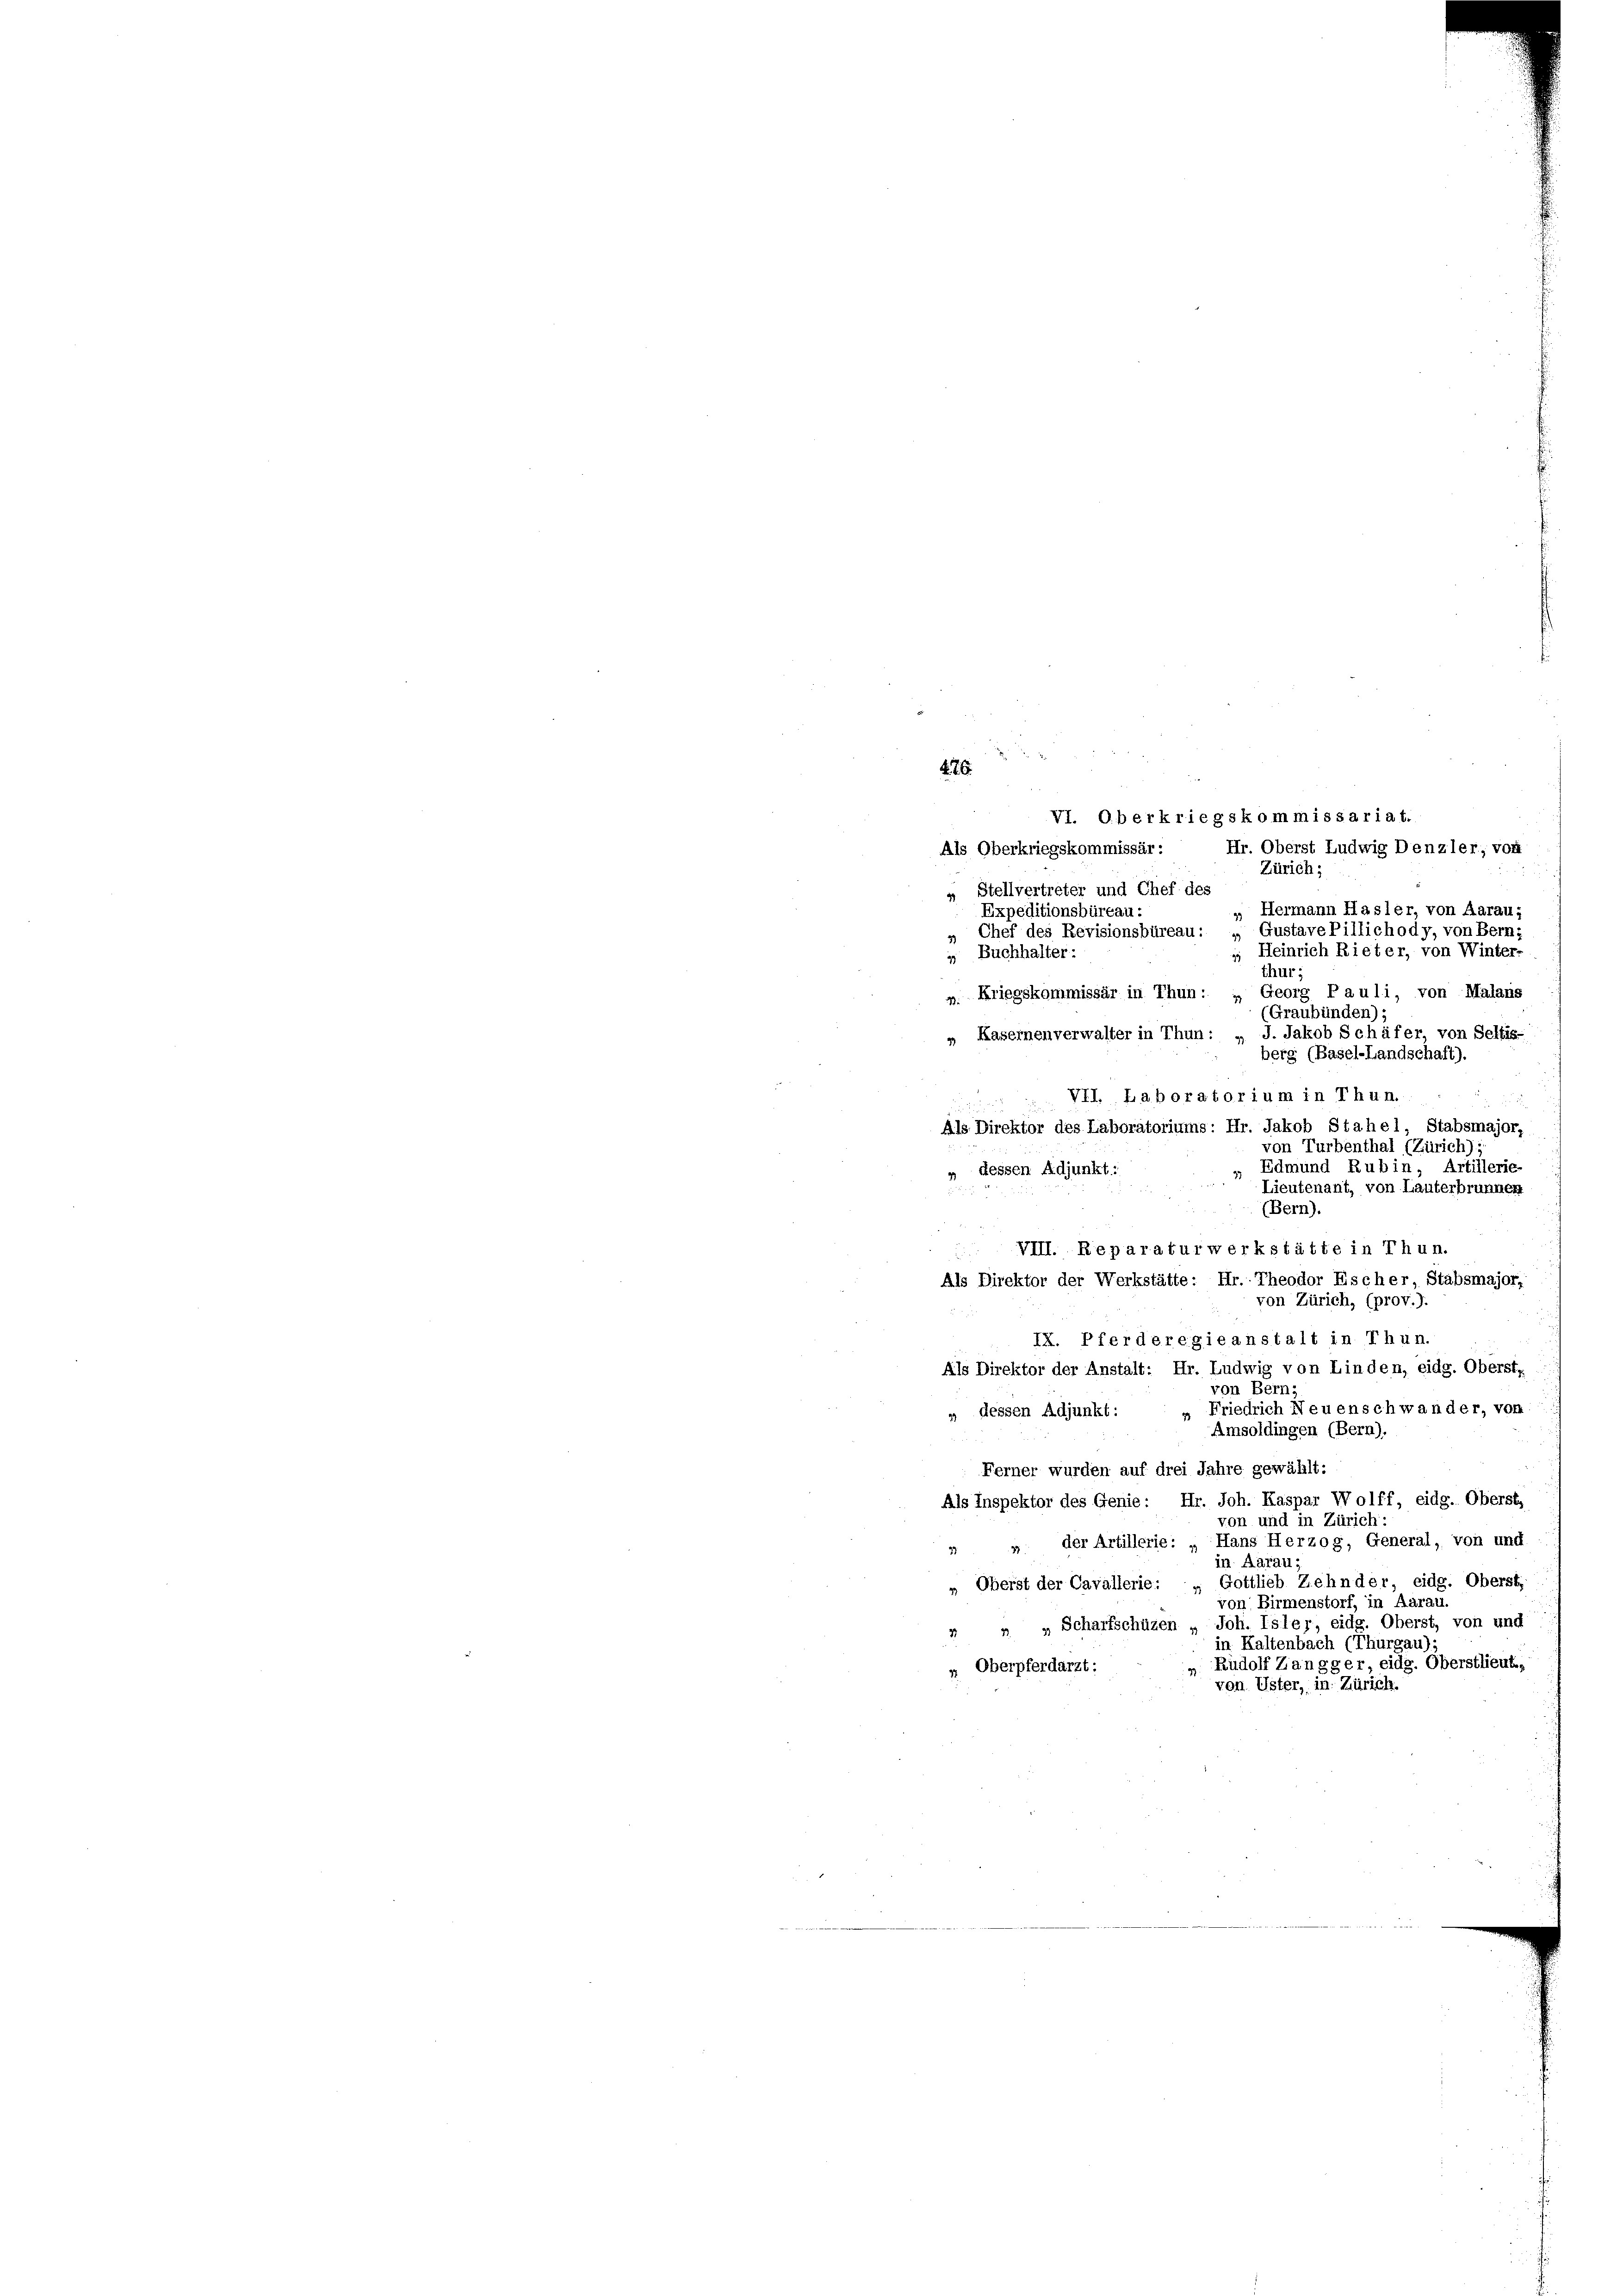
d
486

Als Oberkriegskommissär: Hr. Oberst Ludwig Denzler; von
Zürich;
 Stellvertreter und Chef des
„ Hermann Hasler, von Aarau;
Chef des Revisionsbüreau: „GustavePillichody, von Bern:
thur;
m. Kriegskommissär in Thun: „ Georg Pauli, von Malans
(Graubünden);
„ Kasernenverwalter in Thun: „ J. Jakob Schäfer, von Selbis-
berg (Basel-Landschaft).

von Bern,
Friedrich Neuenschwander, von
" dessen Adjunkt:
Amsoldingen (Bern).
Ferner wurden auf drei Jahre gewählt:
Als Inspektor des Genie: Hr. Joh. Kaspar Wolff, eidg. Oberst,
von und in Zürich:
" " der Artillerie: „Hans Herzog, General, von und
in Aarau;
„ Oberst der Cavallerie: „Gottlieb Zehnder, eidg. Oberst
von Birmenstorf, in Aarau.
 „ „Scharfschüzen „ Joh. Isler, eidg. Oberst, von und
in Kaltenbach (Thurgau);
Rudolf Zangger, eidg. Oberstlieut.
 Oberpferdarzt:
von Uster, in Zürich.

Expeditionsbüreau:
 Buchhalter:

VII. Laboratorium in Thun.
Als Direktor des Laboratoriums: Hr. Jakob Stahel, Stabsmajor,
von Turbenthal (Zürich),
Edmund Rubin, Artillerie-
» dessen Adjunkt:
Lieutenant, von Lauterbrunnen
(Bern),
 VIII. Reparaturwerkstätte in Thun.
Als Direktor der Werkstätte: Hr. Theodor Escher Stabsmajor,
von Zürich, (prov.).
IX. Pferderegieanstalt in Thun.
Als Direktor der Anstalt: Hr. Ludwig von Linden, eidg. Oberste

VI. Oberkriegskommissariat.

; Heinrich Rieter, von Winter-